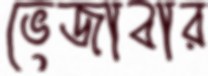
ভেজাবার